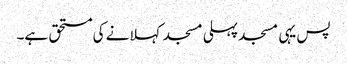
پس یہی مسجد پہلی مسجد کہلانے کی مستحق ہے۔